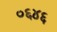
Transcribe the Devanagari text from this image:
०६४६